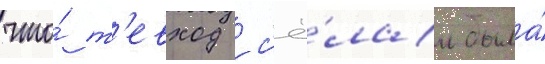
что́ т'евход с'ё́лам была́